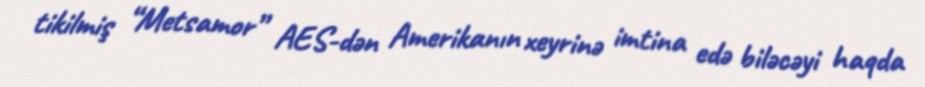
tikilmiş “Metsamor” AES-dən Amerikanın xeyrinə imtina edə biləcəyi haqda